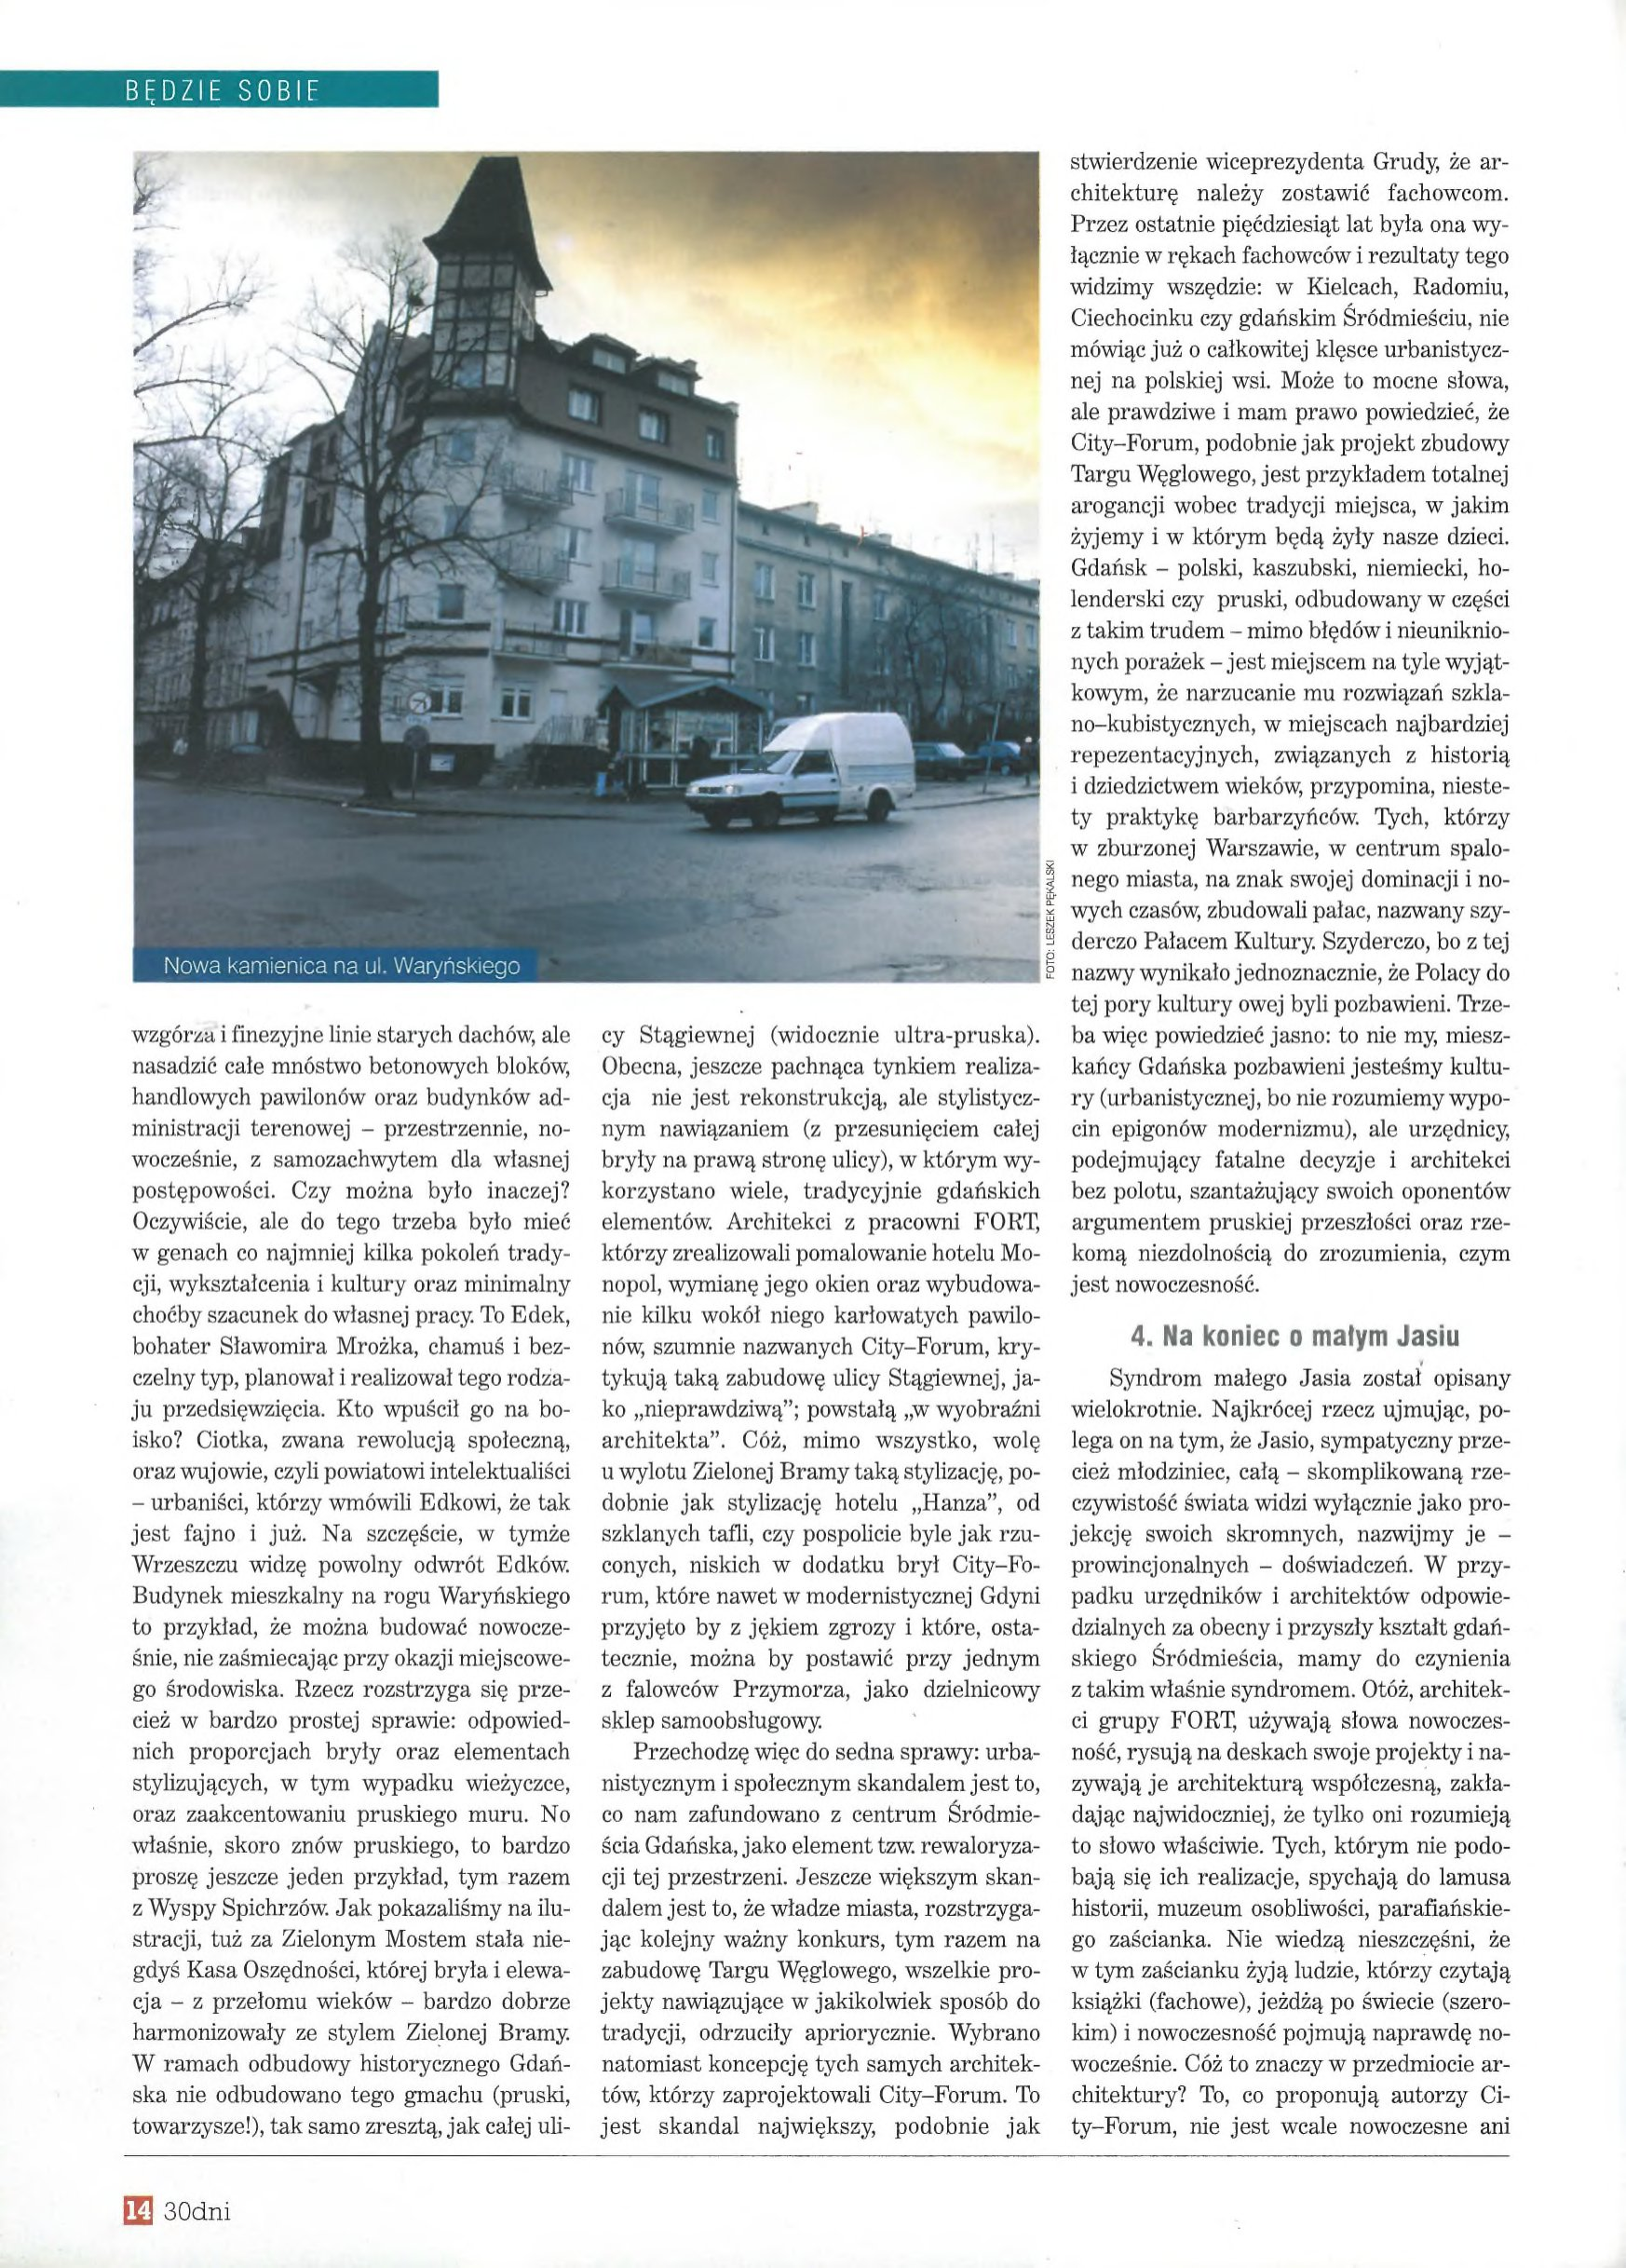
Language: pl